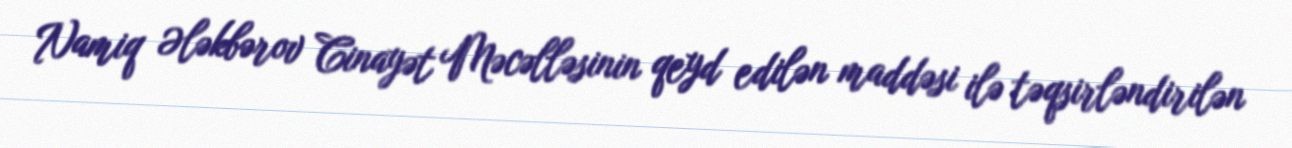
Namiq Ələkbərov Cinayət Məcəlləsinin qeyd edilən maddəsi ilə təqsirləndirilən